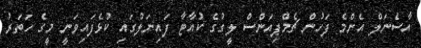
އާސެނަލް އެންމެ ފަހުން ޗެމްޕިއަންސް ލީގުގެ ކުއާޓާ ފައިނަލުގައި ކުޅެފައިވަނީ މީގެ ހަތަރު